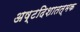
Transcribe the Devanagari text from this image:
अष्टदिशातत्मक